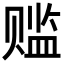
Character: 𬥾